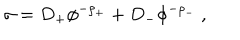
\sigma = D _ { + } \phi ^ { - \rho _ { + } } + D _ { - } \phi ^ { - \rho _ { - } } ~ ,